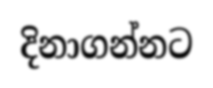
දිනාගන්නට